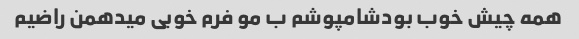
همه چیش خوب بودشامپوشم ب مو فرم خوبی میدهمن راضیم